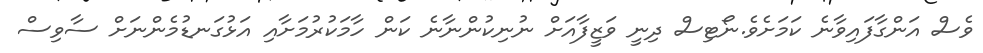
ވެސް އަންގާފައިވާނެ ކަމަށެވެ.ނޯޓިސް ދިނީ ވަޒީފާއަށް ނުނިކުންނާނެ ކަން ހާމަކުރުމަށާއި އަޅުގަނޑުމެންނަށް ސާވިސް